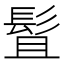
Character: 䯶